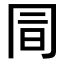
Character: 𠕙